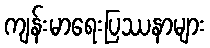
ကျန်းမာရေးပြဿနာများ